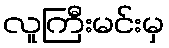
လူကြီးမင်းမှ